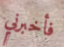
فأخبرني